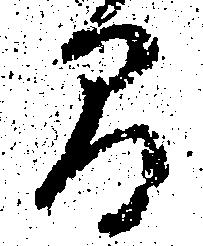
間